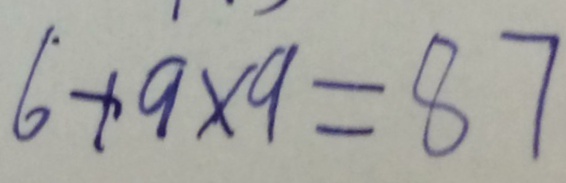
6 + 9 \times 9 = 8 7